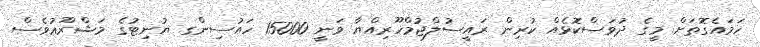
ހަމައެގޮތަށް މީގެ ދުވަސްކޮޅެއް ކުރިން ރައީސުލްޖުމްހޫރިއްޔާ ވަނީ 15000 ހައުސިންގ ޔުނިޓުގެ މަޝްރޫޢުވެސް